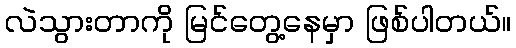
လဲသွားတာကို မြင်တွေ့နေမှာ ဖြစ်ပါတယ်။